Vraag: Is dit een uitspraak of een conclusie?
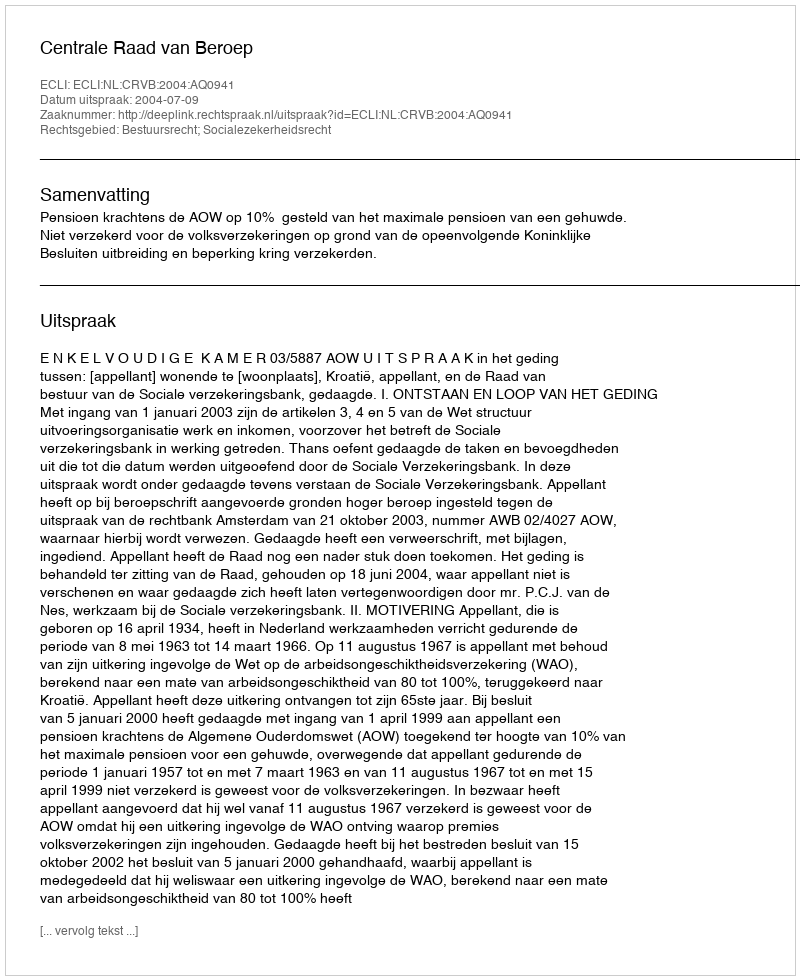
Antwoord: Uitspraak